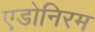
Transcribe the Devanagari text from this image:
एडोनिरम